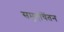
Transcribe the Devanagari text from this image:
समूहचिंतन